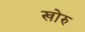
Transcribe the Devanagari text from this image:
खोरु